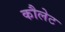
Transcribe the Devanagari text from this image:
कौलेट